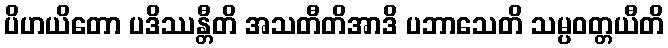
ပိဟယိတော ပဒိဿန္တီတိ အသတီတိအာဒိ ပဘာသေတိ သမ္ပဝတ္တယီတိ